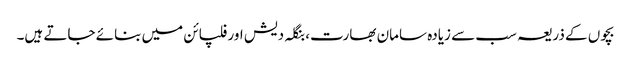
بچوں کے ذریعہ سب سے زیادہ سامان بھارت، بنگلہ دیش اور فلپائن میں بنائے جاتے ہیں۔